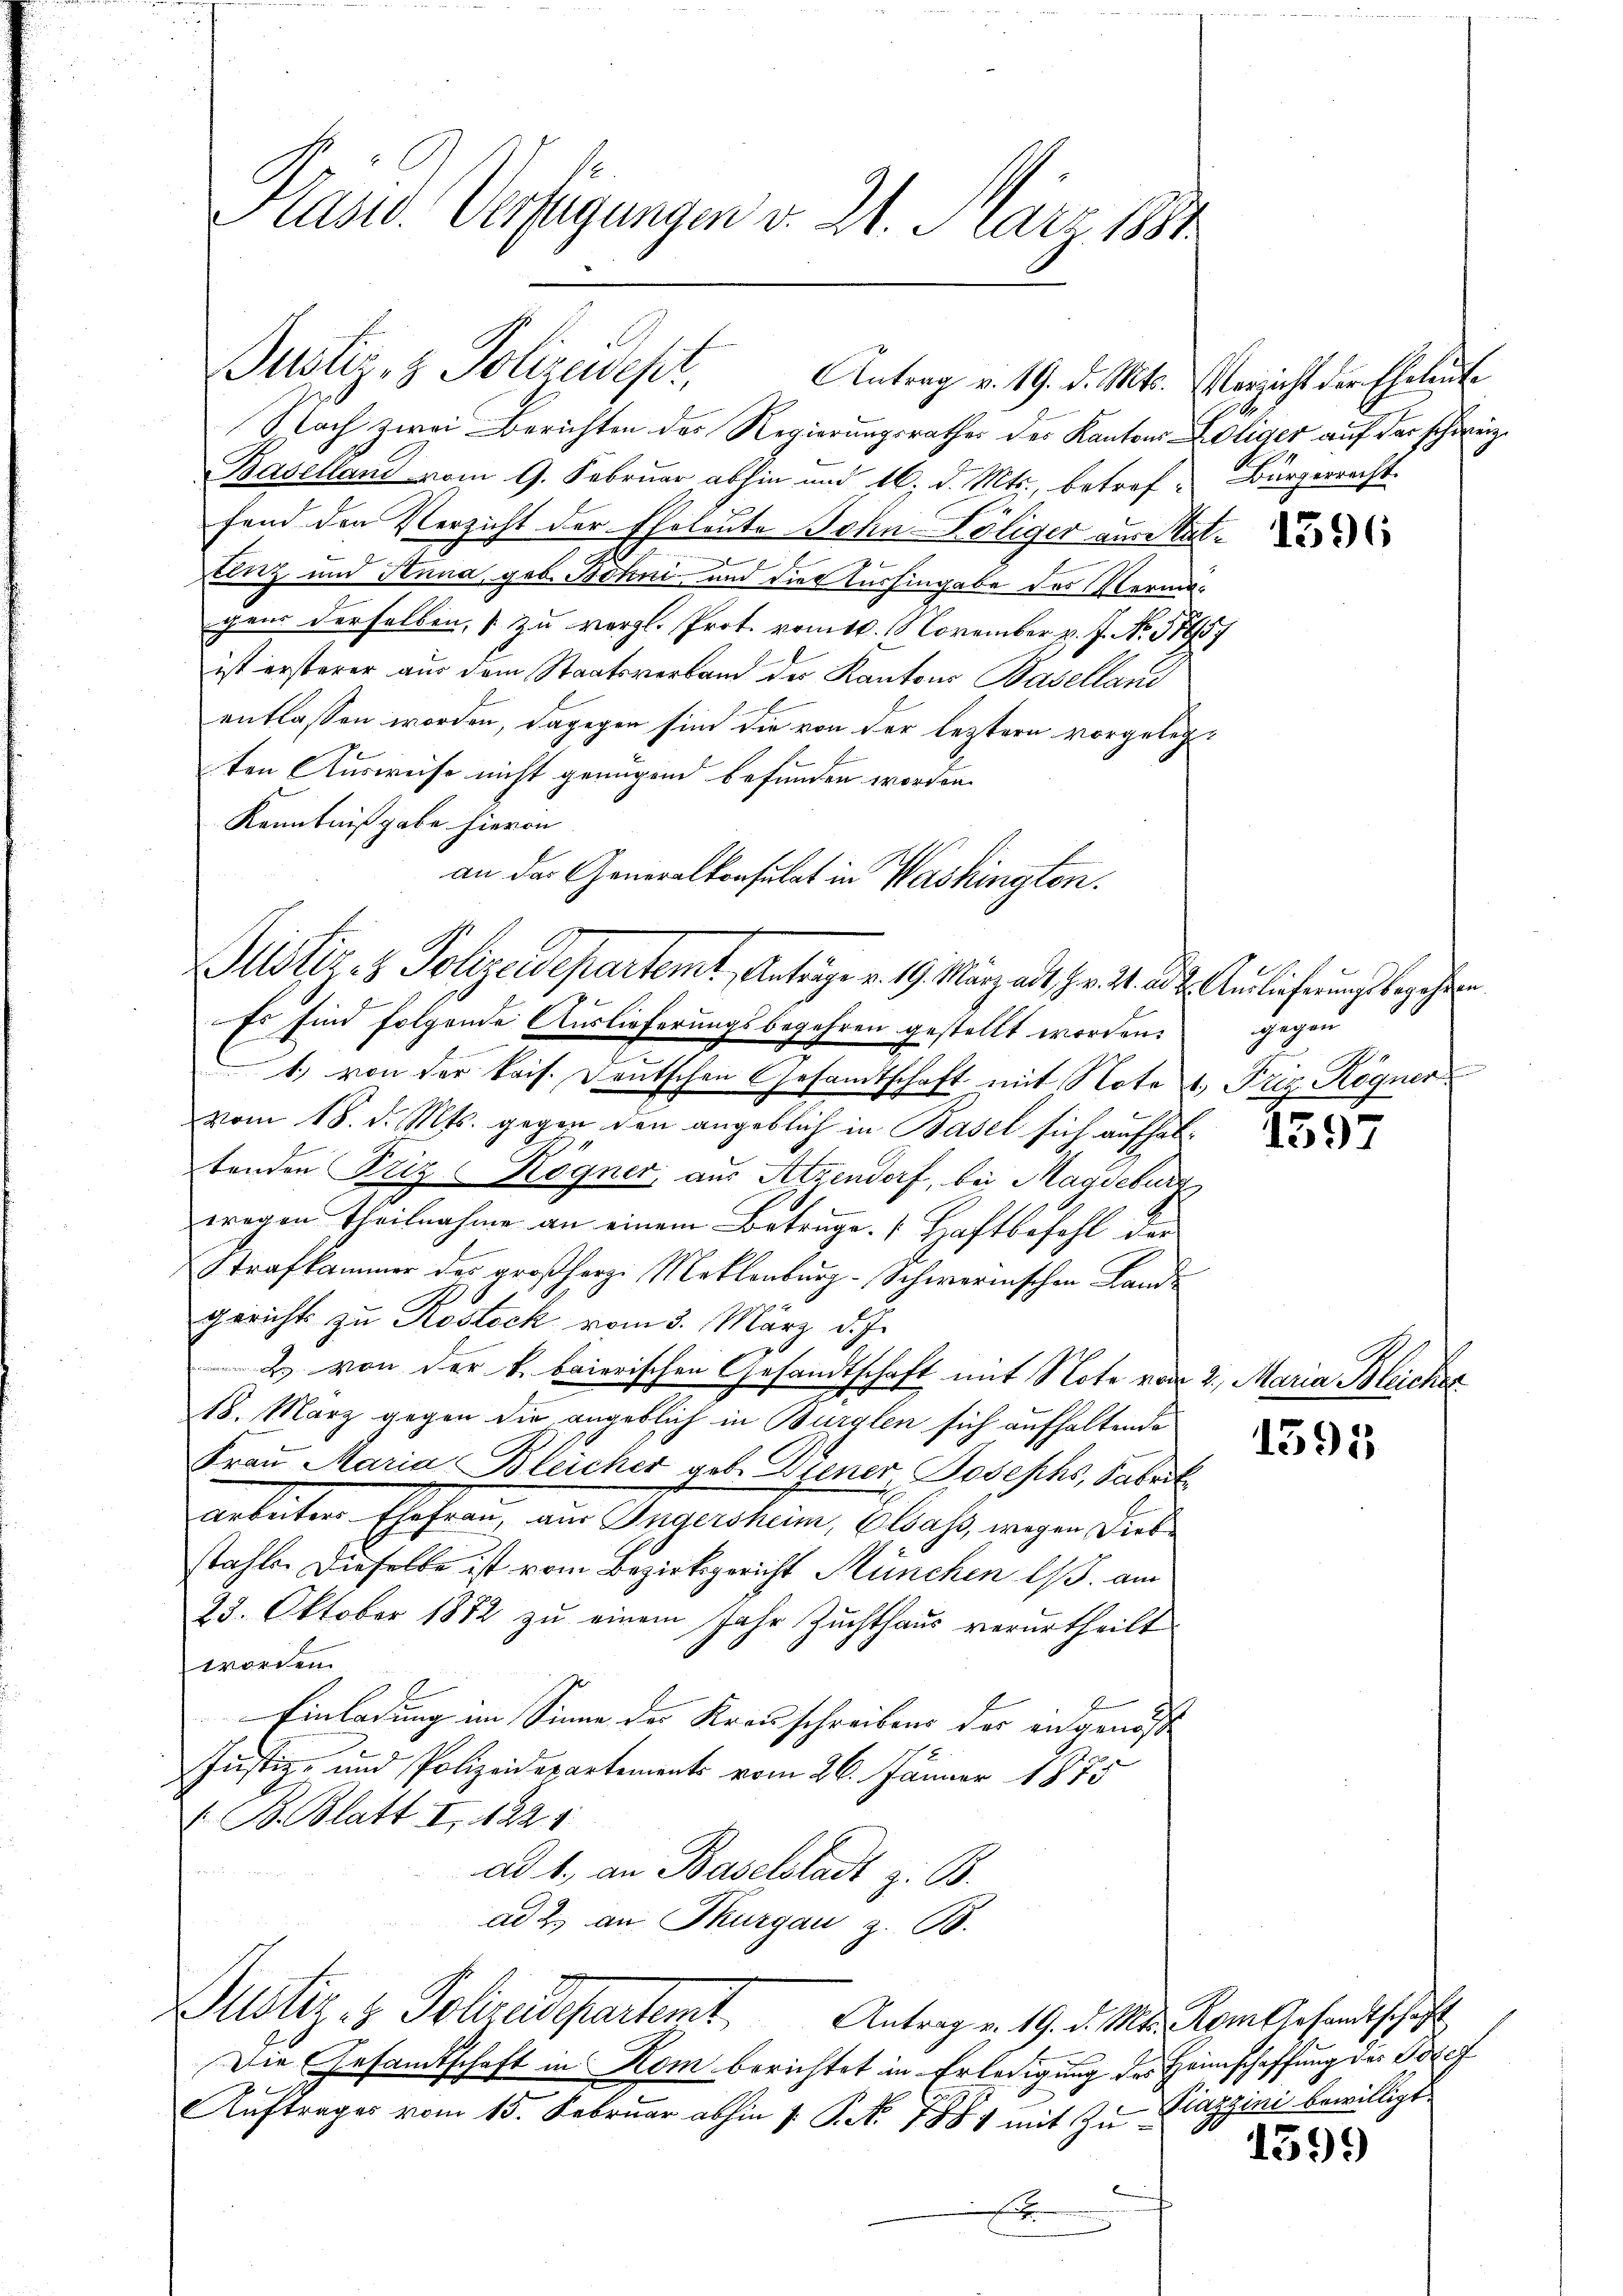
Pländ. Verfügungen d. 21. März 1881

Bustiz & Polizewegt,
Antrag v. 19. d. Mts. Verzicht der Eheleute

Justiz- & Polizeidepartemt, Antrage v. 19. März andes Hr. K. A. Auslieferung begehren

Justiz- & Polizeidepartemt Antrag v. 19. d. Ms. dem Gesandtschaft

Nach zwei Berichten des Regierungsrathes der Kantons oliger auf der schweiz.
Baselland vom 9. Februar abhin und 16. d. Mts., betrof: Bürgerrecht.
fand den Verzicht der Eheleute John-Köliger aus al¬
Elnz und Anna, geb. Bohni, und die Aushingabe des Vermögens derselben, zu vergl. Prot. vom 10. November v. J. No. 17957
ist ersterer aus dem Staatsverband des Kantons Baselland
entlassen worden, dagegen sind die von der leztern vorgelegten Ausweise nicht genügend befunden worden.
Kenntnißgabe hievon
an der Generalkonsulat in Washingten.

Es sind folgende Auslieferungsbegehren gestellt worden.
1) von der kais. Deutschen Gesamtschaft mit Note 1. Friz. Rögner
vom 18. d. Mts. gegen den angeblich in Basel sich aufhaltenden Friz Högner, aus Atzendorf, bei Magdeburs
wegen Theilnahme an einem Betruge. Haftbefehl der
Strafkammer des großherz. Meklenburg-Schwernischen Landgericht zu Rostock vom 3. März d. J.
2) von der k. baierischen Gesandtschaft mit Note vom 2. Maria Bleicher
18. März gegen die angeblich in Bürglen sich aufhaltende
Frau Maria Bleicher geb. Diener Josephs, Fabrik
arbeiten Ehefrau, aus Ingershem, Elsass, wegen dies
stahls dieselbe ist vom Bezirksgericht München l. am
23. Oktober 1872 zu einem Jahr Zuchthaus verurtheilt
worden.
Einladung im Sinne der Krauschreibens der eidgenöß
Justiz- und Polizeidepartements vom 26. Jänner 1873
V. B. Blatt I 1824
ad 1., an Baselstadt z. B.
ad 2. an Thurgau z. B.

Die Gesamtschaft in Kom berichtet in Erledigung des Heimschaffung des Geset
Aŭftrages vom 15. Febrŭar abhin 1. P. Nr. 788 mit zu Kiazzini bewilligt.
b

1396

gegen

1597

1395

1399